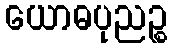
ယောဓပုညဉ္စ